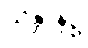
သန္တာန်၌